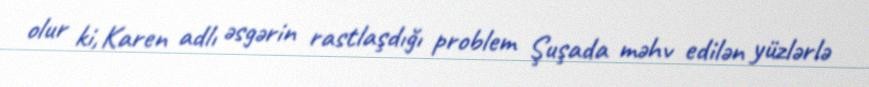
olur ki, Karen adlı əsgərin rastlaşdığı problem Şuşada məhv edilən yüzlərlə